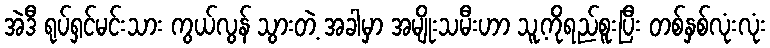
အဲဒီ ရုပ်ရှင်မင်းသား ကွယ်လွန် သွားတဲ့ အခါမှာ အမျိုးသမီးဟာ သူ့ကိုရည်စူးပြီး တစ်နှစ်လုံးလုံး